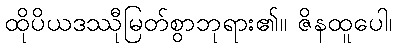
ထိုပိယဒဿီုမြတ်စွာဘုရား၏။ ဇိနထူပေါ၊